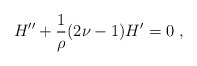
\begin{align*}H^{\prime\prime}+{1\over\rho}(2\nu-1)H^\prime=0~,\end{align*}